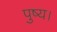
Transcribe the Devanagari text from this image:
पुष्य।